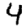
Digit: 4